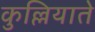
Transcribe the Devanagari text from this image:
कुल्लियाते